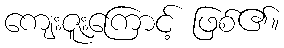
ကျေးဇူးကြောင့် ဖြစ်၏။